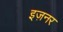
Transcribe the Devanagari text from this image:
इज़नर